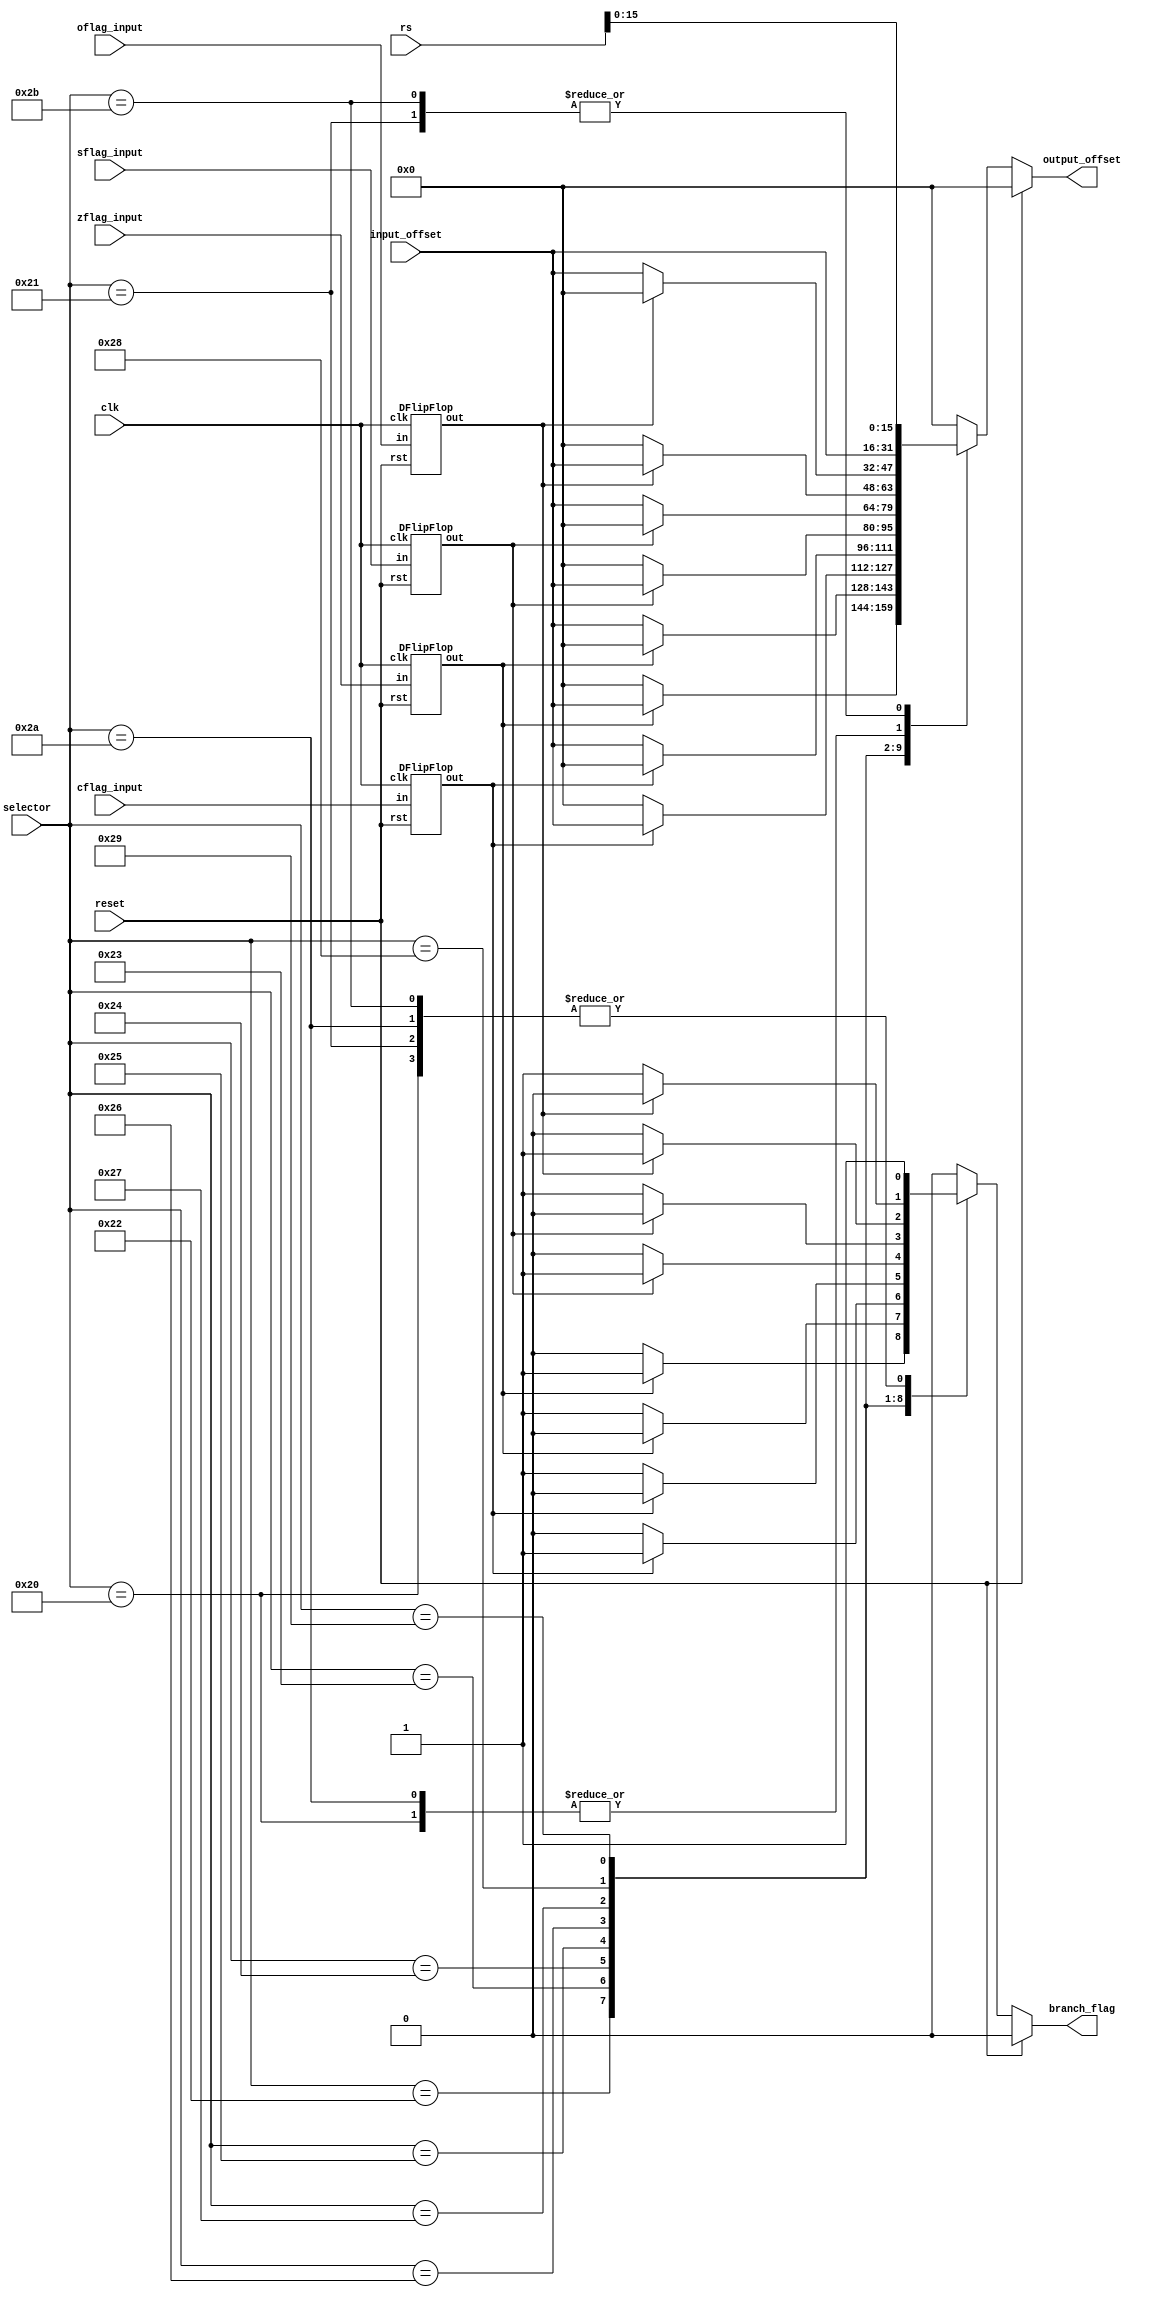
`timescale 1ns / 1ps
//////////////////////////////////////////////////////////////////////////////////
// Company: 
// Engineer: 
// 
// Design Name: 
// Module Name:    branchingLogic 
// Project Name: 
// Target Devices: 
// Tool versions: 
// Description: 
//
// Dependencies: 
//
// Revision: 
// Revision 0.01 - File Created
// Additional Comments: 
//
//////////////////////////////////////////////////////////////////////////////////
module branchingLogic(
    input clk,
    input [5:0] selector,
    input [15:0] input_offset,
    input [31:0] rs,
    input reset,
    input zflag_input,
    input oflag_input,
    input cflag_input,
    input sflag_input,
    output reg [15:0] output_offset,
    output reg branch_flag
    );
	 
	wire zflag_output, oflag_output, cflag_output, sflag_output;
	DFlipFlop zFlagFF (.clk(clk),.rst(reset),.in(zflag_input),.out(zflag_output));
	DFlipFlop oFlagFF (.clk(clk),.rst(reset),.in(oflag_input),.out(oflag_output));
	DFlipFlop cFlagFF (.clk(clk),.rst(reset),.in(cflag_input),.out(cflag_output));
	DFlipFlop sFlagFF (.clk(clk),.rst(reset),.in(sflag_input),.out(sflag_output)); // Dflipflops to preserve the flags for accurate branching
	
	always @(*)
	begin
		if(reset)
			begin
				output_offset = 0;
				branch_flag = 0;
			end
		else
			begin
				branch_flag = 1;
				case(selector)
					6'b100000: 
						begin 						// unconditional jump
							output_offset = input_offset;
						end
					6'b100001: 
						begin 						// jump to register value
							output_offset = rs[15:0];
						end
					6'b100010: 
						begin 						// branch on zero
							if(zflag_output)
								output_offset = input_offset;
							else 
								begin 						// branch condition fails
									branch_flag = 0;
									output_offset = 0;
								end
						end
					6'b100011: 
						begin 						// branch on not zero
							if(!zflag_output)
								output_offset = input_offset;
							else 
								begin 						// branch condition fails
									branch_flag = 0;
									output_offset = 0;
								end
						end
					6'b100100: 
						begin							// branch on carry flag
							if(cflag_output)
								output_offset = input_offset;
							else 
								begin 						// branch condition fails
									branch_flag = 0;
									output_offset = 0;
								end
						end
					6'b100101: 
						begin 						// branch on not carry
							if(!cflag_output)
								output_offset = input_offset;
							else 
								begin						// branch condition fails
									branch_flag = 0;
									output_offset = 0;
								end
						end
					6'b100110: 
						begin 						// branch on sign flag, i.e negative number
							if(sflag_output)
								output_offset = input_offset; 	
							else 
								begin						// branch condition fails
									branch_flag = 0;
									output_offset = 0;
							end
						end
					6'b100111: 
						begin 						// branch on not sign, i.e non negative number
							if(!sflag_output)
								output_offset = input_offset;
						else 
							begin 						// branch condition fails
								branch_flag = 0;
								output_offset = 0;
							end
						end
					6'b101000: 
						begin 						// branch on overflow
							if(oflag_output)
								output_offset = input_offset;
							else begin 						// branch condition fails
								branch_flag = 0;
								output_offset = 0;
							end
						end
					6'b101001: 
						begin 						// branch on not overflow
							if(!oflag_output)
								output_offset = input_offset;
							else begin 						// branch condition fails
								branch_flag = 0;
								output_offset = 0;
							end
						end
					6'b101010: 
						begin 						// function call
							output_offset = input_offset;
						end
					6'b101011: 
						begin 						// return - jump to (ra)
							output_offset = rs[15:0];
						end
					default: 
						begin 					// default vaule - no branch_flag and 0 offset
							branch_flag = 0;
							output_offset = 0;
						end
				endcase
			end
		end 

endmodule

module DFlipFlop( input wire clk, input wire rst, output reg out, input wire in);
	always @(posedge clk  or posedge rst)
	begin
		if(rst)
		 out <= 0; // reset condition
		else
			out <= in;
	end
endmodule